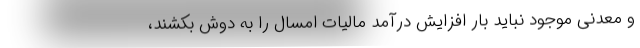
و معدنی موجود نباید بار افزایش درآمد مالیات امسال را به دوش بکشند،